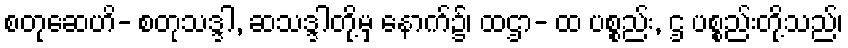
စတုဆေဟိ- စတုသဒ္ဒါ, ဆသဒ္ဒါတို့မှ နောက်၌၊ ထဌာ- ထ ပစ္စည်း, ဌ ပစ္စည်းတို့သည်၊